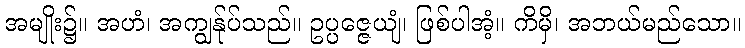
အမျိုး၌။ အဟံ၊ အကျွန်ုပ်သည်။ ဥပ္ပဇ္ဇေယျံ၊ ဖြစ်ပါအံ့။ ကိမှိ၊ အဘယ်မည်သော။